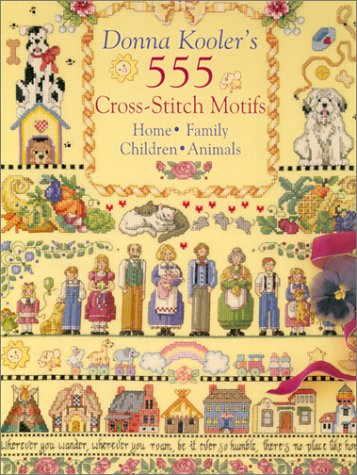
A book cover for Donna Kooler's 555 Cross-Stitch Motifs; Donna Kooler; Crafts, Hobbies & Home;